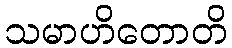
သမာဟိတောတိ